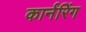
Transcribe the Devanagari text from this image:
कार्नरिंग